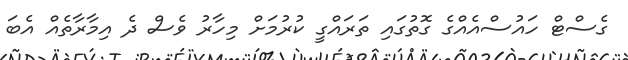
ގެސްޓް ހައުސްއެއްގެ ގޮތުގައި ތަރައްގީ ކުރުމަށް މިހާރު ވެސް ދެ އިމާރާތެއް އެބަ